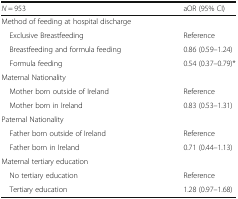
<table><thead><tr><td><b><i>N</i> = 953</b></td><td><b>aOR (95% CI)</b></td></tr></thead><tbody><tr><td colspan="2">Method of feeding at hospital discharge</td></tr><tr><td> Exclusive Breastfeeding</td><td>Reference</td></tr><tr><td> Breastfeeding and formula feeding</td><td>0.86 (0.59–1.24)</td></tr><tr><td> Formula feeding</td><td>0.54 (0.37–0.79)*</td></tr><tr><td colspan="2">Maternal Nationality</td></tr><tr><td> Mother born outside of Ireland</td><td>Reference</td></tr><tr><td> Mother born in Ireland</td><td>0.83 (0.53–1.31)</td></tr><tr><td colspan="2">Paternal Nationality</td></tr><tr><td> Father born outside of Ireland</td><td>Reference</td></tr><tr><td> Father born in Ireland</td><td>0.71 (0.44–1.13)</td></tr><tr><td colspan="2">Maternal tertiary education</td></tr><tr><td> No tertiary education</td><td>Reference</td></tr><tr><td> Tertiary education</td><td>1.28 (0.97–1.68)</td></tr></tbody></table>